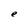
Character: e